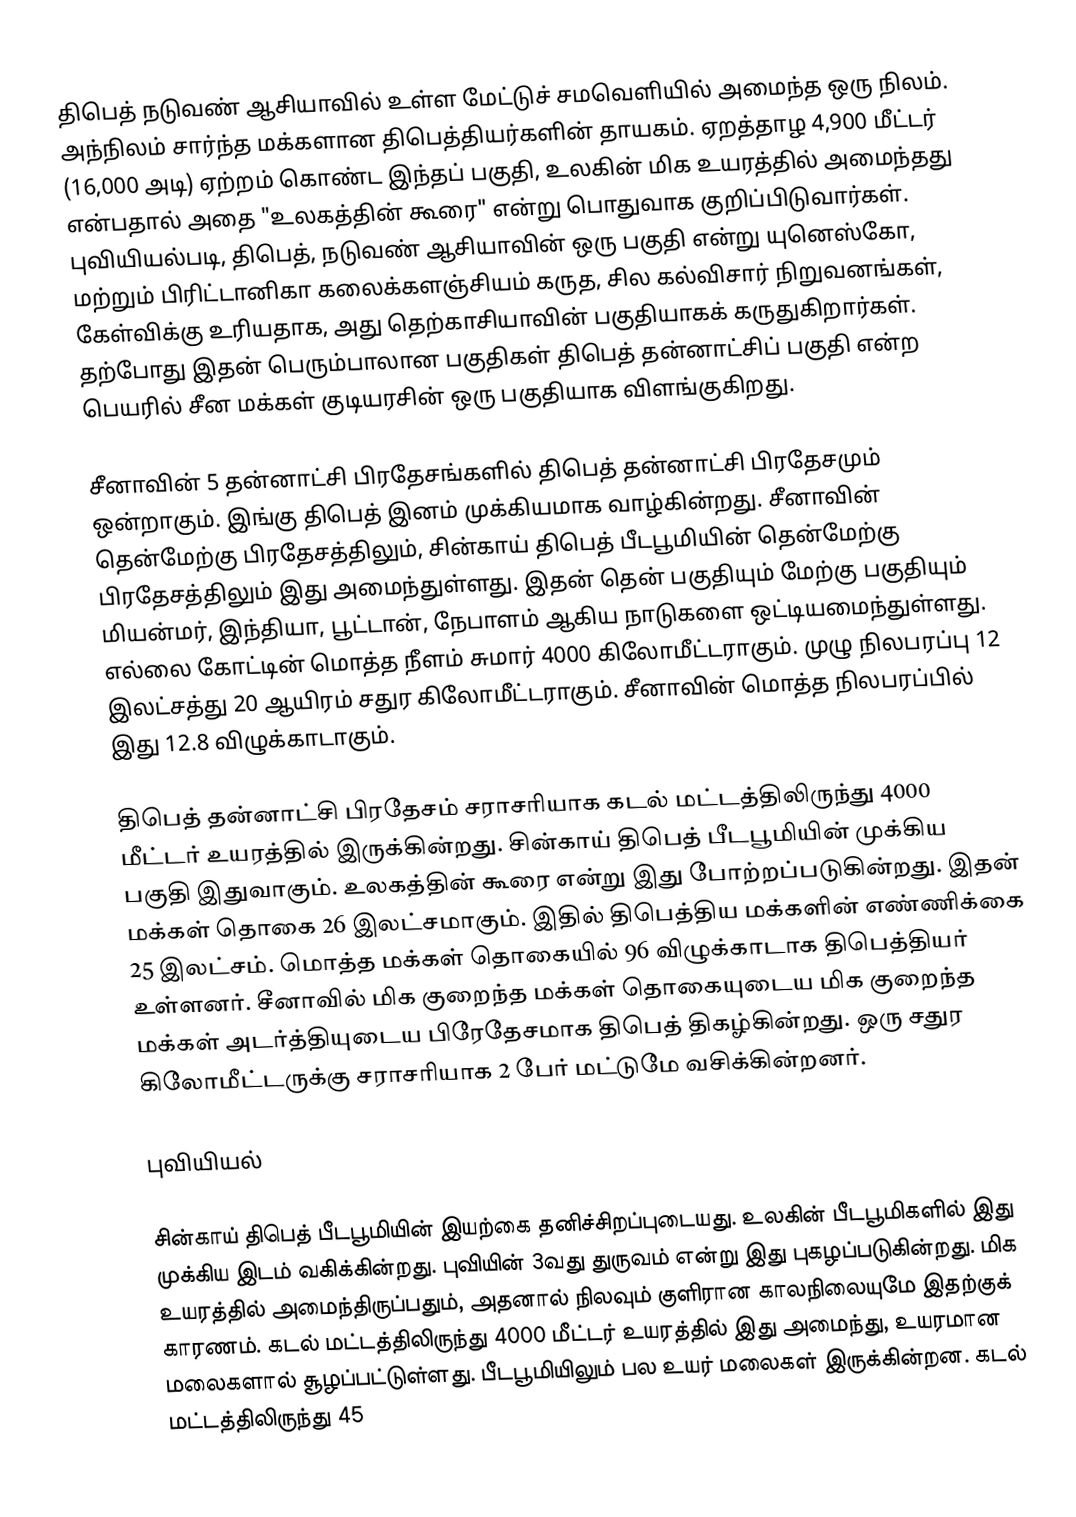
திபெத் நடுவண் ஆசியாவில் உள்ள மேட்டுச் சமவெளியில் அமைந்த ஒரு நிலம். அந்நிலம் சார்ந்த மக்களான திபெத்தியர்களின் தாயகம். ஏறத்தாழ 4,900 மீட்டர் (16,000 அடி) ஏற்றம் கொண்ட இந்தப் பகுதி, உலகின் மிக உயரத்தில் அமைந்தது என்பதால் அதை "உலகத்தின் கூரை" என்று பொதுவாக குறிப்பிடுவார்கள். புவியியல்படி, திபெத், நடுவண் ஆசியாவின் ஒரு பகுதி என்று யுனெஸ்கோ, மற்றும் பிரிட்டானிகா கலைக்களஞ்சியம் கருத, சில கல்விசார் நிறுவனங்கள், கேள்விக்கு உரியதாக, அது தெற்காசியாவின் பகுதியாகக் கருதுகிறார்கள். தற்போது இதன் பெரும்பாலான பகுதிகள் திபெத் தன்னாட்சிப் பகுதி என்ற பெயரில் சீன மக்கள் குடியரசின் ஒரு பகுதியாக விளங்குகிறது.

சீனாவின் 5 தன்னாட்சி பிரதேசங்களில் திபெத் தன்னாட்சி பிரதேசமும் ஒன்றாகும். இங்கு திபெத் இனம் முக்கியமாக வாழ்கின்றது. சீனாவின் தென்மேற்கு பிரதேசத்திலும், சின்காய் திபெத் பீடபூமியின் தென்மேற்கு பிரதேசத்திலும் இது அமைந்துள்ளது. இதன் தென் பகுதியும் மேற்கு பகுதியும் மியன்மர், இந்தியா, பூட்டான், நேபாளம் ஆகிய நாடுகளை ஒட்டியமைந்துள்ளது. எல்லை கோட்டின் மொத்த நீளம் சுமார் 4000 கிலோமீட்டராகும். முழு நிலபரப்பு 12 இலட்சத்து 20 ஆயிரம் சதுர கிலோமீட்டராகும். சீனாவின் மொத்த நிலபரப்பில் இது 12.8 விழுக்காடாகும்.

திபெத் தன்னாட்சி பிரதேசம் சராசரியாக கடல் மட்டத்திலிருந்து 4000 மீட்டர் உயரத்தில் இருக்கின்றது. சின்காய் திபெத் பீடபூமியின் முக்கிய பகுதி இதுவாகும். உலகத்தின் கூரை என்று இது போற்றப்படுகின்றது. இதன் மக்கள் தொகை 26 இலட்சமாகும். இதில் திபெத்திய மக்களின் எண்ணிக்கை 25 இலட்சம். மொத்த மக்கள் தொகையில் 96 விழுக்காடாக திபெத்தியர் உள்ளனர். சீனாவில் மிக குறைந்த மக்கள் தொகையுடைய மிக குறைந்த மக்கள் அடர்த்தியுடைய பிரேதேசமாக திபெத் திகழ்கின்றது. ஒரு சதுர கிலோமீட்டருக்கு சராசரியாக 2 பேர் மட்டுமே வசிக்கின்றனர்.

புவியியல்

சின்காய் திபெத் பீடபூமியின் இயற்கை தனிச்சிறப்புடையது. உலகின் பீடபூமிகளில் இது முக்கிய இடம் வகிக்கின்றது. புவியின் 3வது துருவம் என்று இது புகழப்படுகின்றது. மிக உயரத்தில் அமைந்திருப்பதும், அதனால் நிலவும் குளிரான காலநிலையுமே இதற்குக் காரணம். கடல் மட்டத்திலிருந்து 4000 மீட்டர் உயரத்தில் இது அமைந்து, உயரமான மலைகளால் சூழப்பட்டுள்ளது. பீடபூமியிலும் பல உயர் மலைகள் இருக்கின்றன. கடல் மட்டத்திலிருந்து 45